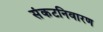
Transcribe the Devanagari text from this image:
संकटनिवारण